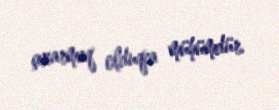
çıxarmaq olduqca mühümdür.